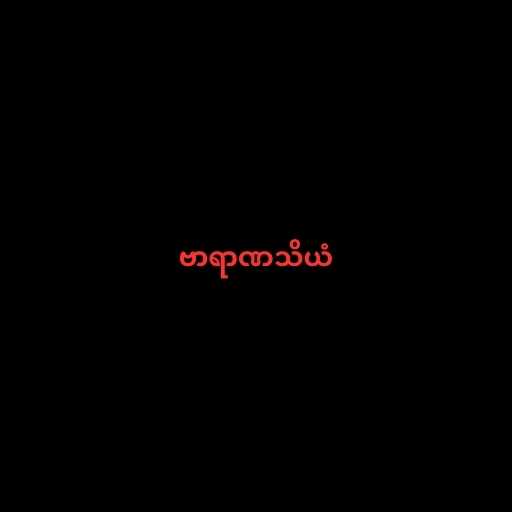
ဗာရာဏသိယံ